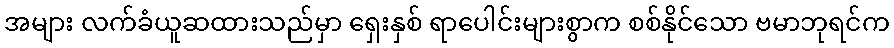
အများ လက်ခံယူဆထားသည်မှာ ရှေးနှစ် ရာပေါင်းများစွာက စစ်နိုင်သော ဗမာဘုရင်က